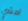
امشي